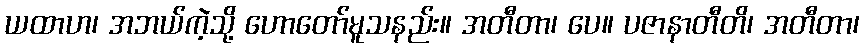
ယထာဟ၊ အဘယ်ကဲ့သို့ ဟောတော်မူသနည်း။ အတီတာ၊ ပေ။ ပဇာနာတီတိ၊ အတီတာ၊